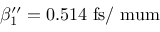
\beta _ { 1 } ^ { \prime \prime } = 0 . 5 1 4 ~ \mathrm { f s / \ m u m }